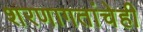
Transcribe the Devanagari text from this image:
शरणागतांचेही